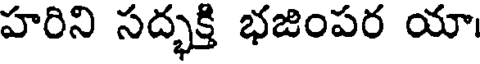
హరిని సద్భక్తి భజింపర యా